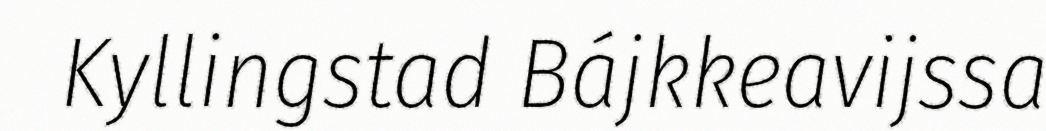
Kyllingstad Bájkkeavijssa